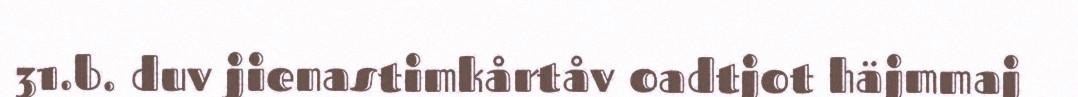
31.b. duv jienastimkårtåv oadtjot häjmmaj